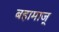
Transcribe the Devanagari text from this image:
बहामाज्